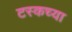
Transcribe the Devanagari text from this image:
टस्कच्या